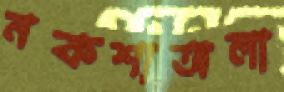
নকশাঅলা